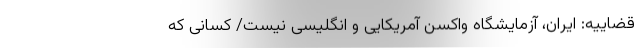
قضاییه: ایران، آزمایشگاه واکسن آمریکایی و انگلیسی نیست/ کسانی که